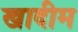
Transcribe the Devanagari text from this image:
खादीम